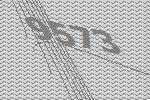
9573